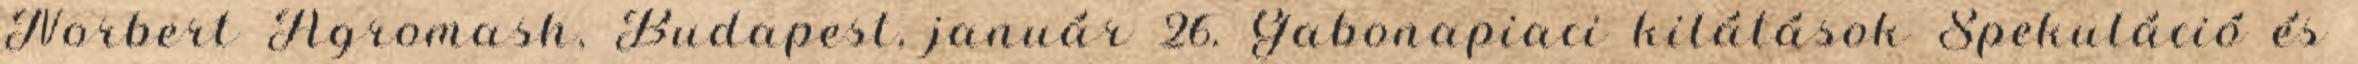
Norbert Agromash, Budapest, január 26. Gabonapiaci kilátások Spekuláció és